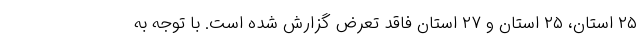
۲۵ استان، ۲۵ استان و ۲۷ استان فاقد تعرض گزارش شده است. با توجه به